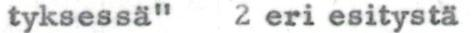
tyksessä"   2 eri esitystä